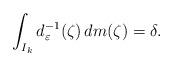
LaTeX: \begin{align*}\int_{I_k}d_\varepsilon^{-1}(\zeta)\,dm(\zeta)=\delta.\end{align*}